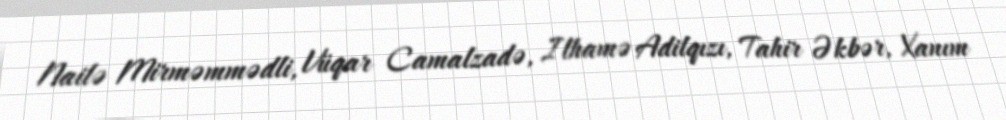
Nailə Mirməmmədli, Vüqar Camalzadə, Ilhamə Adilqızı, Tahir Əkbər, Xanım